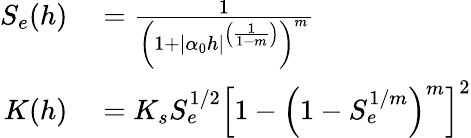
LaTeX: \begin{array}{rl}{S_{e}(h)}&{{}=\frac{1}{\left(1+|\alpha_{0}h|^{\left(\frac{1}{1-m}\right)}\right)^{m}}}\\ {K(h)}&{{}=K_{s}S_{e}^{1/2}\left[1-\left(1-S_{e}^{1/m}\right)^{m}\right]^{2}}\end{array}